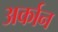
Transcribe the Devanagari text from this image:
अर्कान